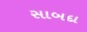
સાબદા